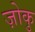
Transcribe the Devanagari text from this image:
ज़ोकु